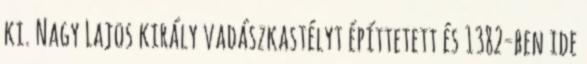
ki. Nagy Lajos király vadászkastélyt építtetett és 1382-ben ide